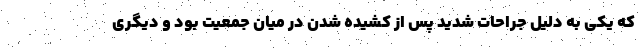
که یکی به دلیل جراحات شدید پس از کشیده شدن در میان جمعیت بود و دیگری